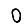
Digit: 0